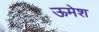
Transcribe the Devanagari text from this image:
ऊमेश